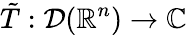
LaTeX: {\tilde{T}}:{\mathcal{D}}(\mathbb{R}^{n})\to\mathbb{C}